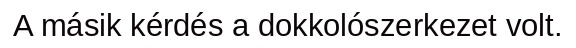
A másik kérdés a dokkolószerkezet volt.